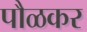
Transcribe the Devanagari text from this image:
पौळकर